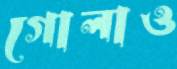
গোলাও